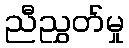
ညီညွှတ်မှု